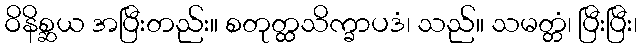
ဝိနိစ္ဆယ အပြီးတည်း။ စတုတ္ထသိက္ခာပဒံ၊ သည်။ သမတ္တံ၊ ပြီးပြီး၊